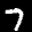
Label: 7